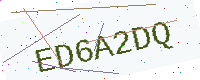
Text: ED6A2DQ